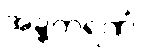
အဍ္ဍကရဏံ